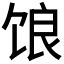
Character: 𫗨